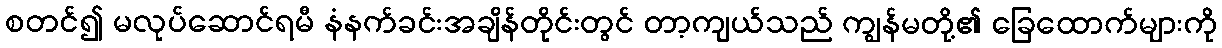
စတင်၍ မလုပ်ဆောင်ရမီ နံနက်ခင်းအချိန်တိုင်းတွင် တာ့ကျယ်သည် ကျွန်မတို့၏ ခြေထောက်များကို